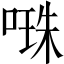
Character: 𠺾